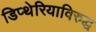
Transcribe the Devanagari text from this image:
डिप्थेरियाविरुद्ध